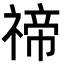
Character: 禘